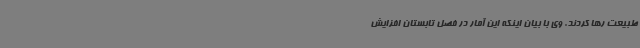
طبیعت رها کردند. وی با بیان اینکه این آمار در فصل تابستان افزایش